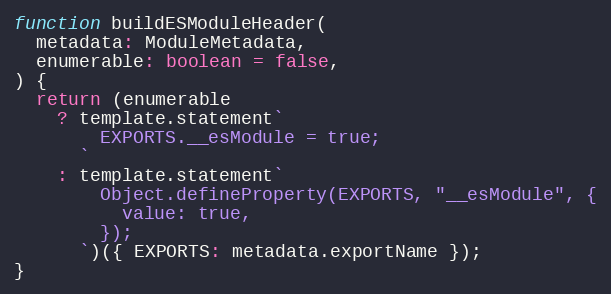
Language: JavaScript
function buildESModuleHeader(
  metadata: ModuleMetadata,
  enumerable: boolean = false,
) {
  return (enumerable
    ? template.statement`
        EXPORTS.__esModule = true;
      `
    : template.statement`
        Object.defineProperty(EXPORTS, "__esModule", {
          value: true,
        });
      `)({ EXPORTS: metadata.exportName });
}